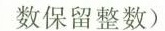
数保留整数)